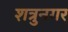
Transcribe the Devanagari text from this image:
शत्रुनगर